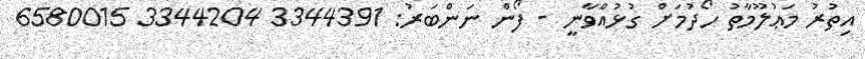
އިތުރު މަޢުލޫމާތު ހޯދުމަށް ގުޅުއްވާނީ - ފޯން ނަންބަރު: 3344391 3344204 6580015